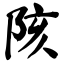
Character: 陔